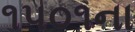
૧૫૦૧ના